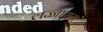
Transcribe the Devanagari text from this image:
लज्जाराम